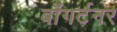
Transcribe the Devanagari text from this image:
बॉगर्टनर